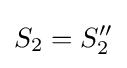
S_{2}=S_{2}''